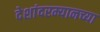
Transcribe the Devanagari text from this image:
देशांदरम्यानच्या